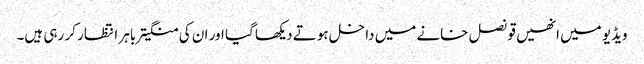
ویڈیو میں انھیں قونصل خانے میں داخل ہوتے دیکھا گیا اور ان کی منگیتر باہر انتظار کر رہی ہیں۔